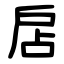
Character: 扂